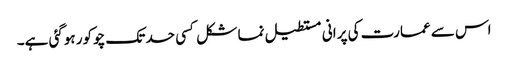
اس سے عمارت کی پرانی مستطیل نما شکل کسی حد تک چوکور ہوگئی ہے۔